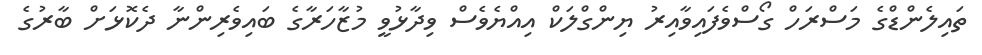
ތައިލެންޑްގެ މަސްރަހް ގޯސްވެފައިވާއިރު ޔިންގްލަކް އިއްޔެވެސް ވިދާޅުވީ މުޒާހަރާގެ ބައިވެރިންނާ ދެކޮޅަށް ބާރުގެ